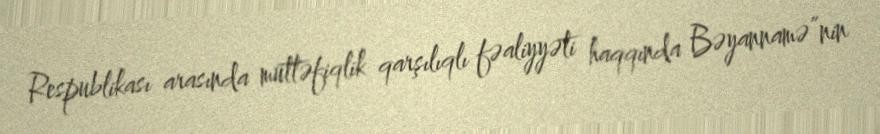
Respublikası arasında müttəfiqlik qarşılıqlı fəaliyyəti haqqında Bəyannamə”nin